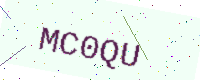
Text: MC0QU